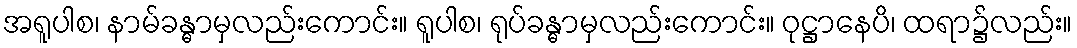
အရူပါစ၊ နာမ်ခန္ဓာမှလည်းကောင်း။ ရူပါစ၊ ရုပ်ခန္ဓာမှလည်းကောင်း။ ဝုဋ္ဌာနေပိ၊ ထရာ၌လည်း။